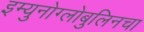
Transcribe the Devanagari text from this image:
इम्युनोग्लोबुलिनचा